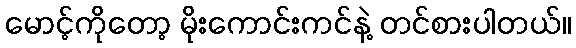
မောင့်ကိုတော့ မိုးကောင်းကင်နဲ့ တင်စားပါတယ်။